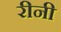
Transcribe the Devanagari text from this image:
रीनी